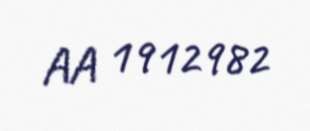
AA 1912982